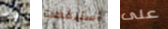
وذو أستيقظت على